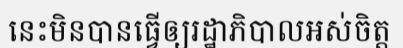
នេះមិនបានធ្វើឲ្យរដ្ឋាភិបាលអស់ចិត្ត